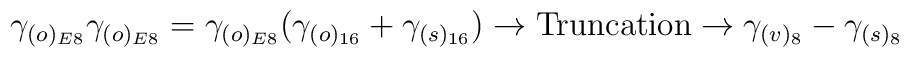
\gamma_{(o)_{E8}}\gamma_{(o)_{E8}} = \gamma_{(o)_{E8}}(\gamma_{(o)_{16}}+\gamma_{(s)_{16}})\rightarrow \hbox{Truncation}\rightarrow\gamma_{(v)_{8}}-\gamma_{(s)_{8}}\,